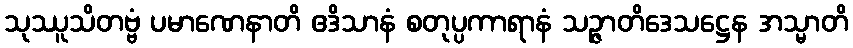
သုဿူသိတဗ္ဗံ ပမာဏေနာတိ ဧဒိသာနံ စတုပ္ပကာရာနံ သဉ္ဇာတိဒေသဋ္ဌေန အသ္မာတိ